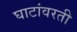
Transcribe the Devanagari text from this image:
घाटांवरती